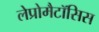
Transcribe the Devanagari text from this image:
लेप्रोमैटॉसिस